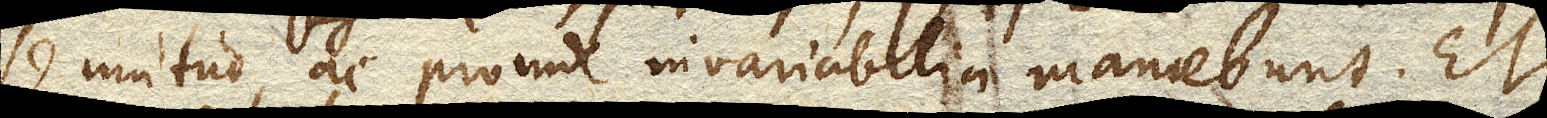
se mutuo, ac proinde invariabilia manebunt. Et